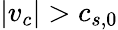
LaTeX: |v_{c}|>c_{s,0}